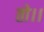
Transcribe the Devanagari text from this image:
तो।।